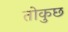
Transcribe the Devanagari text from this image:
तोकुछ